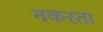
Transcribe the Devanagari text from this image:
नकरता